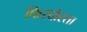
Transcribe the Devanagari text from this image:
फिरदोस्ता